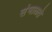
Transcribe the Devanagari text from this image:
संभाळते